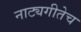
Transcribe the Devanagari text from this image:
नाट्यगीतेच